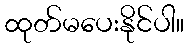
ထုတ်မပေးနိုင်ပါ။